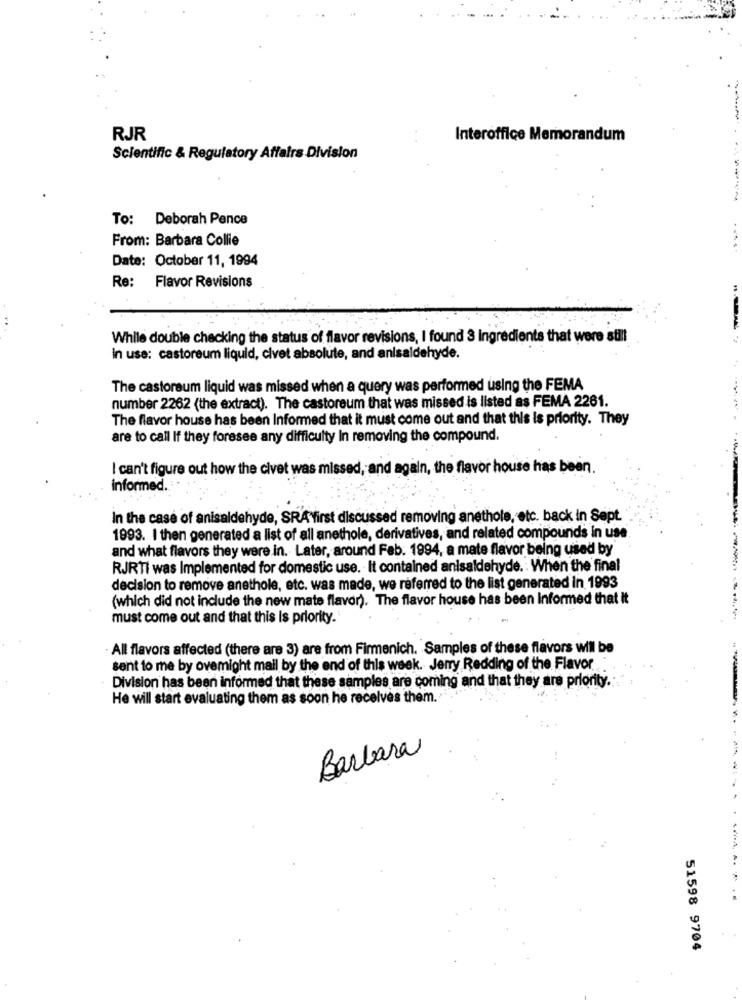
RJR
Interoffice Memorandum
Scientific & Regulatory Affairs Division
To: Deborah Pence
From: Barbara Collie
Date: October 11, 1994
Re: Flavor Revisions
While double checking the status of flavor revisions, I found 3 ingredients that were still
In use: castoreum liquid, civet absolute, and anisaldehyde.
The castoreum liquid was missed when a query was performed using the FEMA
number 2262 (the extract). The castoreum that was missed is listed as FEMA 2261.
The flavor house has been Informed that it must come out and that this is priority. They
are to call If they foresee any difficulty In removing the compound.
I can't figure out how the civet was missed, and again, the flavor house has been.
informed.
In the case of anisaldehyde, SRA"first discussed removing anethole, etc. back in Sept.
1993. I then generated a list of all anethole, derivatives, and related compounds in use
and what flavors they were in. Later, around Feb. 1994, a mate flavor being used by
RJRTI was Implemented for domestic use. It contained anisaldehyde. : When the final
decision to remove anethole, etc. was made, we referred to the list generated in 1993
(which did not include the new mate flavor). The flavor house has been Informed that it
must come out and that this Is priority.
All flavors affected (there are 3) are from Firmenich. Samples of these flavors will be
sent to me by ovemight mail by the end of this week. Jerry Redding of the Flavor
Division has been informed that these samples are coming and that they are priority.
He will start evaluating them as soon he receives them.
Barbara
51598 9704